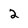
Character: 2